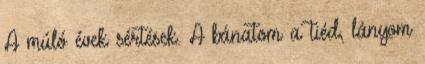
A múló évek sértések. A bánatom a tiéd, lányom